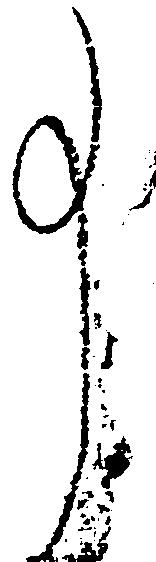
事